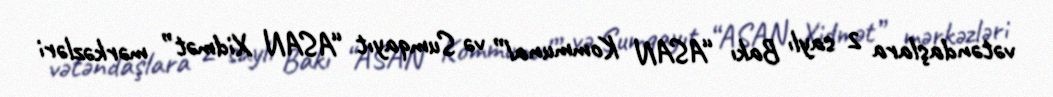
vətəndaşlara 2 saylı Bakı “ASAN Kommunal” və Sumqayıt “ASAN Xidmət” mərkəzləri